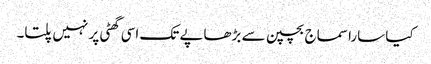
کیا سارا سماج بچپن سے بڑھاپے تک اسی گھٹی پر نہیں پلتا۔